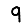
Digit: 9